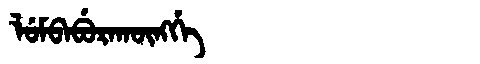
Manchu: ᠯᡠᠮᠪᠠᠪᡠᡵᠠᡴᡡᠩᡤᡝ
Romanization: LUMBABURAKŪNGGE